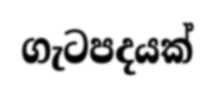
ගැටපදයක්